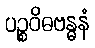
ပဉ္စဝိဓဗန္ဓနံ